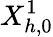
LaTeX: X_{h,0}^{1}